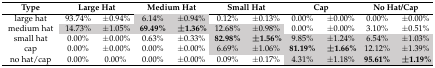
<table><thead><tr><td><b>Type</b></td><td colspan="2"><b>Large Hat</b></td><td colspan="2"><b>Medium Hat</b></td><td colspan="2"><b>Small Hat</b></td><td colspan="2"><b>Cap</b></td><td colspan="2"><b>No Hat/Cap</b></td></tr></thead><tbody><tr><td>large hat</td><td>93.74%</td><td>±0.94%</td><td>6.14%</td><td>±0.94%</td><td>0.12%</td><td>±0.13%</td><td>0.00%</td><td>±0.00%</td><td>0.00%</td><td>±0.00%</td></tr><tr><td>medium hat</td><td>14.73%</td><td>±1.05%</td><td><b>69.49%</b></td><td><b>±1.36%</b></td><td>12.68%</td><td>±0.98%</td><td>0.00%</td><td>±0.00%</td><td>3.10%</td><td>±0.51%</td></tr><tr><td>small hat</td><td>0.00%</td><td>±0.00%</td><td>0.63%</td><td>±0.33%</td><td><b>82.98%</b></td><td><b>±1.56%</b></td><td>9.85%</td><td>±1.24%</td><td>6.54%</td><td>±1.03%</td></tr><tr><td>cap</td><td>0.00%</td><td>±0.00%</td><td>0.00%</td><td>±0.00%</td><td>6.69%</td><td>±1.06%</td><td><b>81.19%</b></td><td><b>±1.66%</b></td><td>12.12%</td><td>±1.39%</td></tr><tr><td>no hat/cap</td><td>0.00%</td><td>0.00%</td><td>0.00%</td><td>±0.00%</td><td>0.09%</td><td>±0.17%</td><td>4.31%</td><td>±1.18%</td><td><b>95.61%</b></td><td><b>±1.19%</b></td></tr></tbody></table>